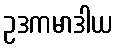
ဥဒကမာဒါယ